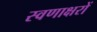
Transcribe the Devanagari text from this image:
स्वणाक्षरों